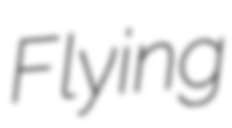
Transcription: Flying